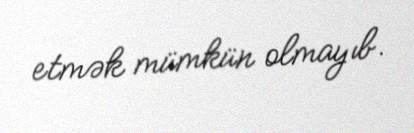
etmək mümkün olmayıb.